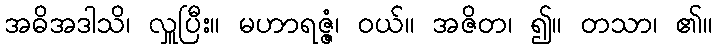
အဓိအဒါသိ၊ လှူပြီး။ မဟာရဇ္ဇံ၊ ဝယ်။ အဇိတ၊ ၍။ တသာ၊ ၏။